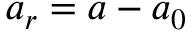
a _ { r } = a - a _ { 0 }